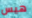
هيس